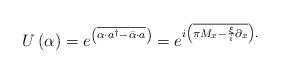
LaTeX: \begin{align*}U\left( \alpha\right) =e^{\left( \overline{\alpha\cdot a^{\dag}-\bar{\alpha}\cdot a}\right) }=e^{i\left( \overline{\pi M_{x}-\frac{\xi}{i}\partial_{x}}\right) .} \end{align*}